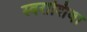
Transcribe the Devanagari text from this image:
स्वराशिवा